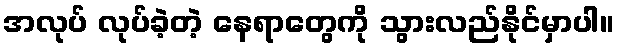
အလုပ် လုပ်ခဲ့တဲ့ နေရာတွေကို သွားလည်နိုင်မှာပါ။